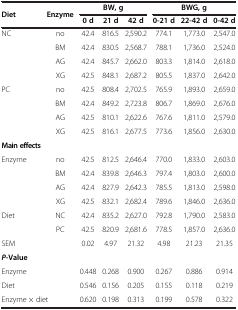
<table><thead><tr><td><b>Diet</b></td><td><b>Enzyme</b></td><td colspan="3"><b>BW, g</b></td><td colspan="3"><b>BWG, g</b></td></tr><tr><td><b> </b></td><td><b> </b></td><td><b>0 d</b></td><td><b>21 d</b></td><td><b>42 d</b></td><td><b>0-21 d</b></td><td><b>22-42 d</b></td><td><b>0-42 d</b></td></tr></thead><tbody><tr><td>NC</td><td>no</td><td>42.4</td><td>816.5</td><td>2,590.2</td><td>774.1</td><td>1,773.0</td><td>2,547.0</td></tr><tr><td> </td><td>BM</td><td>42.4</td><td>830.5</td><td>2,568.7</td><td>788.1</td><td>1,736.0</td><td>2,524.0</td></tr><tr><td> </td><td>AG</td><td>42.4</td><td>845.7</td><td>2,662.0</td><td>803.3</td><td>1,814.0</td><td>2,618.0</td></tr><tr><td> </td><td>XG</td><td>42.5</td><td>848.1</td><td>2,687.2</td><td>805.5</td><td>1,837.0</td><td>2,642.0</td></tr><tr><td>PC</td><td>no</td><td>42.5</td><td>808.4</td><td>2,702.5</td><td>765.9</td><td>1,893.0</td><td>2,659.0</td></tr><tr><td> </td><td>BM</td><td>42.4</td><td>849.2</td><td>2,723.8</td><td>806.7</td><td>1,869.0</td><td>2,676.0</td></tr><tr><td> </td><td>AG</td><td>42.5</td><td>810.1</td><td>2,622.6</td><td>767.6</td><td>1,811.0</td><td>2,579.0</td></tr><tr><td> </td><td>XG</td><td>42.5</td><td>816.1</td><td>2,677.5</td><td>773.6</td><td>1,856.0</td><td>2,630.0</td></tr><tr><td><b>Main effects</b></td><td> </td><td> </td><td> </td><td> </td><td> </td><td> </td><td> </td></tr><tr><td>Enzyme</td><td>no</td><td>42.5</td><td>812.5</td><td>2,646.4</td><td>770.0</td><td>1,833.0</td><td>2,603.0</td></tr><tr><td> </td><td>BM</td><td>42.4</td><td>839.8</td><td>2,646.3</td><td>797.4</td><td>1,803.0</td><td>2,600.0</td></tr><tr><td> </td><td>AG</td><td>42.4</td><td>827.9</td><td>2,642.3</td><td>785.5</td><td>1,813.0</td><td>2,598.0</td></tr><tr><td> </td><td>XG</td><td>42.5</td><td>832.1</td><td>2,682.4</td><td>789.6</td><td>1,846.0</td><td>2,636.0</td></tr><tr><td>Diet</td><td>NC</td><td>42.4</td><td>835.2</td><td>2,627.0</td><td>792.8</td><td>1,790.0</td><td>2,583.0</td></tr><tr><td> </td><td>PC</td><td>42.5</td><td>820.9</td><td>2,681.6</td><td>778.5</td><td>1,857.0</td><td>2,636.0</td></tr><tr><td colspan="2">SEM</td><td>0.02</td><td>4.97</td><td>21.32</td><td>4.98</td><td>21.23</td><td>21.35</td></tr><tr><td colspan="2"><b><i>P</i></b><b>-Value</b></td><td> </td><td> </td><td> </td><td> </td><td> </td><td> </td></tr><tr><td colspan="2">Enzyme</td><td>0.448</td><td>0.268</td><td>0.900</td><td>0.267</td><td>0.886</td><td>0.914</td></tr><tr><td colspan="2">Diet</td><td>0.546</td><td>0.156</td><td>0.205</td><td>0.155</td><td>0.118</td><td>0.219</td></tr><tr><td colspan="2">Enzyme × diet</td><td>0.620</td><td>0.198</td><td>0.313</td><td>0.199</td><td>0.578</td><td>0.322</td></tr></tbody></table>